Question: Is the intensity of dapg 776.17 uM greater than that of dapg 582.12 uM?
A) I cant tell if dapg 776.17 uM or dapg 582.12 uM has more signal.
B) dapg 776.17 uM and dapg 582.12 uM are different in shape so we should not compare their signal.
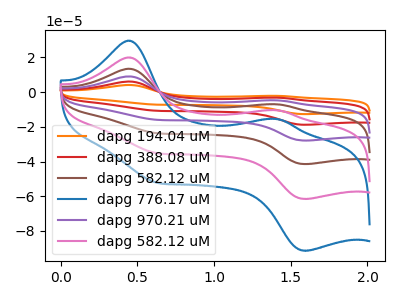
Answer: <think>The orange curve "dapg 194.04 uM" has anodic peaks at (0.45V, 99.80uA) (1.40V, -52.10uA) and cathodic peaks at (0.60V, -175.75uA) (1.60V, -307.90uA). The red curve "dapg 388.08 uM" has anodic peaks at (0.45V, 79.85uA) (1.40V, -41.70uA) and cathodic peaks at (0.60V, -140.60uA) (1.60V, -246.30uA). The brown curve "dapg 582.12 uM" has anodic peaks at (0.45V, 39.90uA) (1.40V, -20.85uA) and cathodic peaks at (0.60V, -70.30uA) (1.60V, -123.15uA). The blue curve "dapg 776.17 uM" has anodic peaks at (0.45V, 29.65uA) (1.40V, -15.45uA) and cathodic peaks at (0.60V, -52.15uA) (1.60V, -91.40uA). The purple curve "dapg 970.21 uM" has anodic peaks at (0.45V, 59.90uA) (1.40V, -31.25uA) and cathodic peaks at (0.60V, -105.45uA) (1.60V, -184.75uA). The pink curve "dapg 582.12 uM" has anodic peaks at (0.45V, 19.95uA) (1.40V, -10.40uA) and cathodic peaks at (0.60V, -35.15uA) (1.60V, -61.60uA).
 All the peaks in "dapg 776.17 uM" have a peak in "dapg 582.12 uM" at the same potential.</think>
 <answer>A) I cant tell if "dapg 776.17 uM" or "dapg 582.12 uM" has more signal.</answer>
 <eval>A</eval>